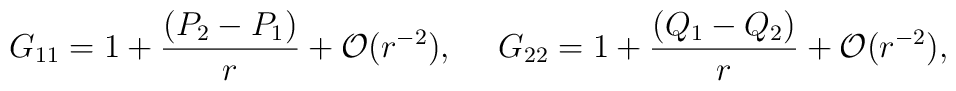
G_{11}=1 +{{(P_2-P_1)}\over{r}} + {\cal O}(r^{-2}),   \ \ \ \ G_{22}=1+ {{(Q_1-Q_2)}\over{r}}  + {\cal O}(r^{-2}),